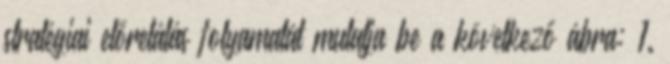
stratégiai előrelátás folyamatát mutatja be a következő ábra: 1.